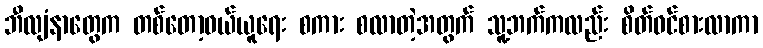
ဘီလျံနာတွေက တစ်တော့ဝယ်ယူရေး စကား စလာတဲ့အတွက် သူ့ဘက်ကလည်း စိတ်ဝင်စားလာကာ